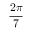
\frac { 2 \pi } { 7 }